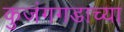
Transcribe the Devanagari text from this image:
कुजंगगडाच्या